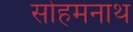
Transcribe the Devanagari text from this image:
सोहमनाथ